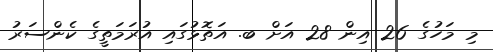
މި މަހުގެ 26 އިން 28 އަށް ބ. އަތޮޅުގައި އުރަމަތީގެ ކެންސަރު